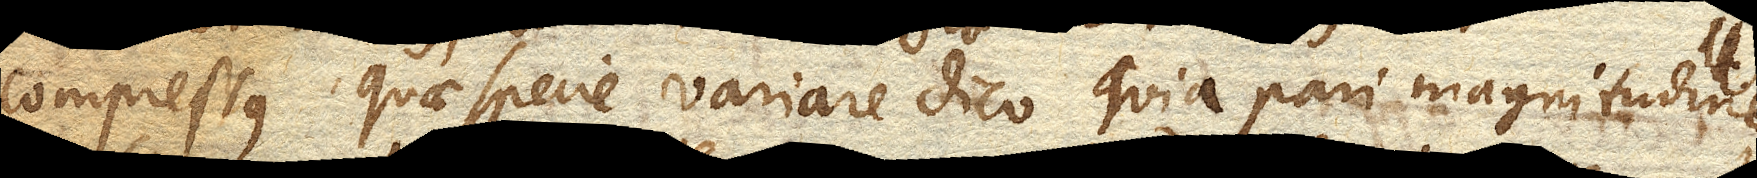
compressus, quae specie variare dico quia pari magnitudine